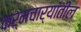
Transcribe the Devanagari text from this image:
कर्मचार्‍यांतील